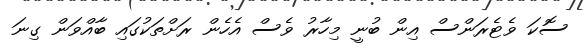
ސޮކަ ވެޓެރަންސް އިން ބުނީ މިހާރު ވެސް އެހެން ރަށްތަކުގައި ބާއްވަން ގިނަ